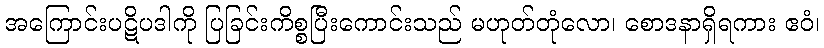
အကြောင်းပဋိပဒါကို ပြခြင်းကိစ္စပြီးကောင်းသည် မဟုတ်တုံလော၊ စောဒနာရှိရကား ဧဝံ၊